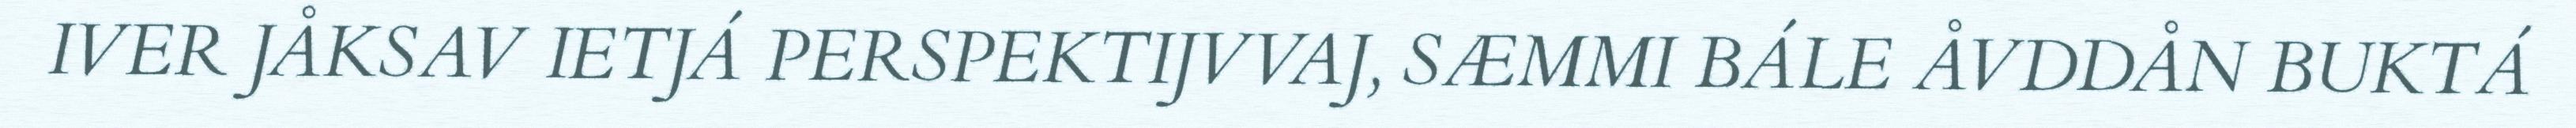
IVER JÅKSAV IETJÁ PERSPEKTIJVVAJ, SÆMMI BÁLE ÅVDDÅN BUKTÁ